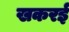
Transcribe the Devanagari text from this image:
खकरई